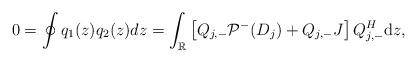
LaTeX: \begin{align*}0=\oint q_1(z) q_2(z) dz=\int_{\mathbb{R}}\left[Q_{j,-}\mathcal{P}^-(D_j)+Q_{j,-}J\right] Q_{j,-}^H \mathrm{d}z,\end{align*}